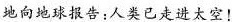
地向地球报告：人类已走进太空！